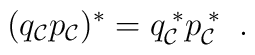
(q_{\cal C}p_{\cal C})^{*}=q_{\cal C}^{\; *} p_{\cal C}^{\; *} \; \; .